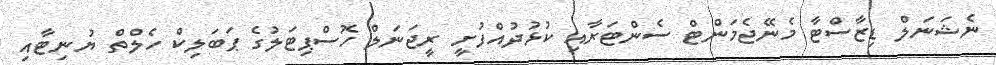
ނެޝަނަލް ޑިޒާސްޓާ މެނޭޖެމަންޓް ސެންޓަރާއި ކުޅުދުއްފުށީ ރީޖަނަލް ހޮސްޕިޓަލުގެ ޕަބަލިކް ހެލްތް ޔުނިޓާއި